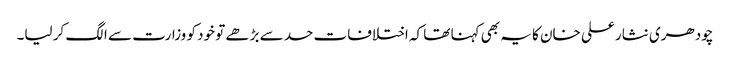
چودھری نثار علی خان کا یہ بھی کہنا تھا کہ اختلافات حد سے بڑھے تو خود کو وزارت سے الگ کر لیا۔